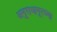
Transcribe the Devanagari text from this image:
अनुराधापूरच्या